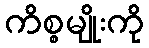
ကိစ္စမျိုးကို